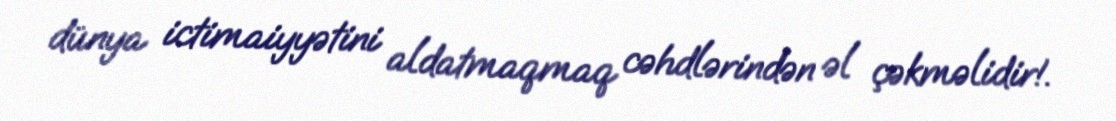
dünya ictimaiyyətini aldatmaqmaq cəhdlərindən əl çəkməlidir!.